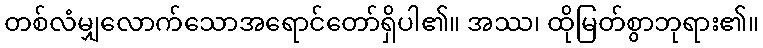
တစ်လံမျှလောက်သောအရောင်တော်ရှိပါ၏။ အဿ၊ ထိုမြတ်စွာဘုရား၏။